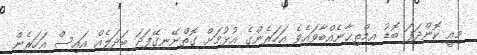
މިއީ ކޮންދަފަ ބޮޑު އިމްތިޙާނެއްބާވައެވެ އަހަރެންގެ އުޅުމަށް ގޮތްނޭނގޭފަދަ ބަދަލެއް އައިސް އަހަރެން